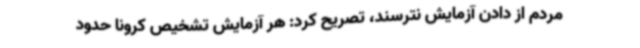
مردم از دادن آزمایش نترسند، تصریح کرد: هر آزمایش تشخیص کرونا حدود